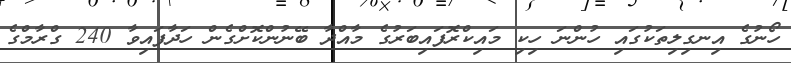
ހޯނުގެ އިނގިލިތަކުގައި ހުންނަ ހިކި މައިކްރޮފައިބަރުގެ މާއްދާ ބޭނުންކޮށްގެން ހަދާފައިވާ 240 ގްރާމްގެ